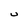
Character: U